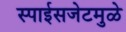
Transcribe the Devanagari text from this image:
स्पाईसजेटमुळे